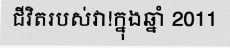
ជីវិតរបស់វា!ក្នុងឆ្នាំ 2011